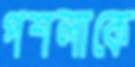
পশলাকে